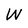
Character: W